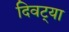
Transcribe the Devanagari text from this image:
दिवट्या